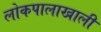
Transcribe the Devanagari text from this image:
लोकपालाखाली